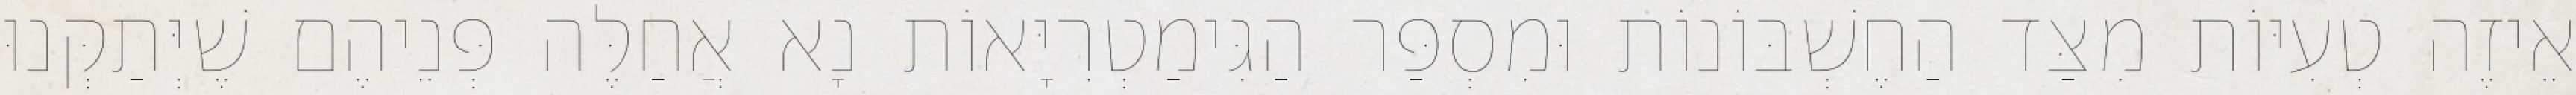
אֵיזֶה טְעִיּוֹת מִצַּד הַחֶשְׁבּוֹנוֹת וּמִסְפַּר הַגִּימַטְרִיָּאוֹת נָא אֲחַלֶּה פְּנֵיהֶם שֶׁיְּתַקְּנוּ